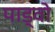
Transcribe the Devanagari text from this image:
पाड्वो